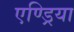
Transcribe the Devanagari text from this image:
एण्ड्रिया